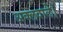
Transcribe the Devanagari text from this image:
अक्लवाले।